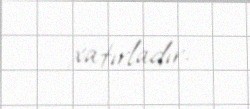
xatırladır.